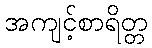
အကျင့်စာရိတ္တ